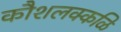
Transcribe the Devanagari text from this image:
कौशलक्कळि